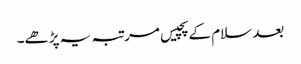
بعد سلام کے پچیس مرتبہ یہ پڑھے۔